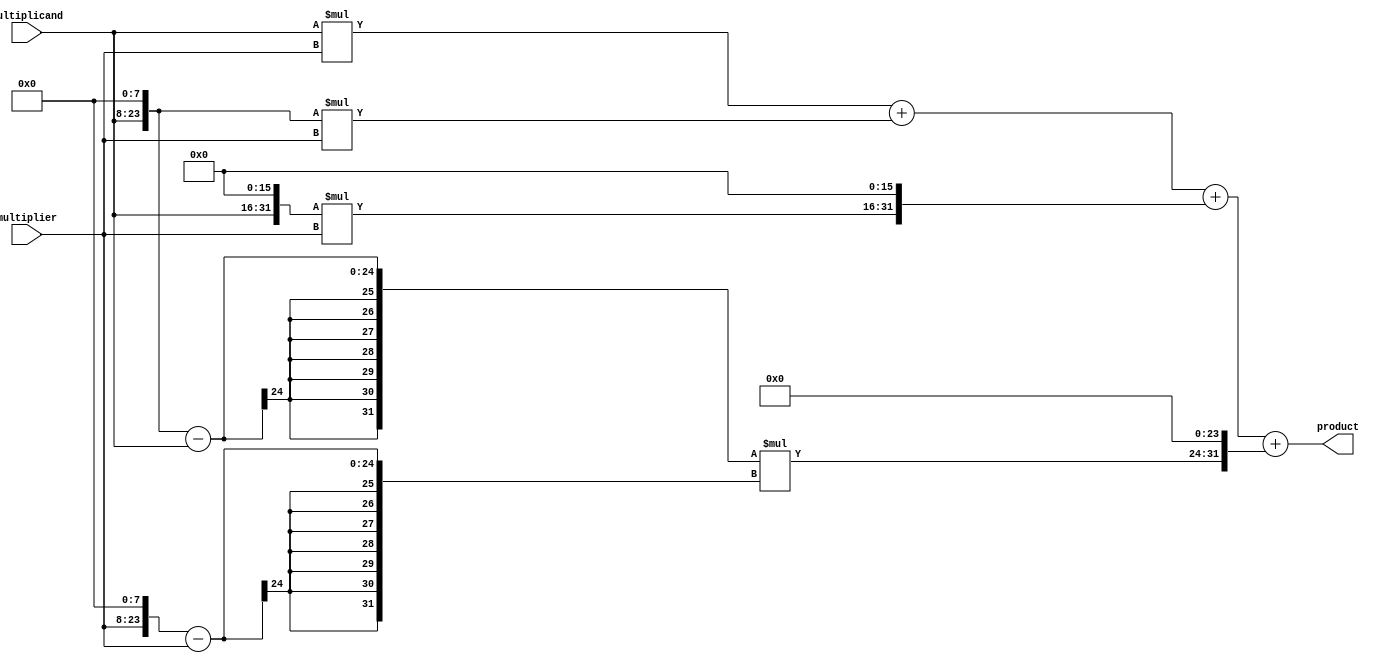
module baugh_wooley_multiplier (
    input [15:0] multiplicand,
    input [15:0] multiplier,
    output reg [31:0] product
);

reg [31:0] partial_product[3:0];

always @(*) begin
    partial_product[0] = multiplicand * multiplier; // Least significant bits
    partial_product[1] = (multiplicand << 8) * multiplier; // Middle bits
    partial_product[2] = (multiplicand << 16) * multiplier; // Most significant bits
    partial_product[3] = ((multiplicand << 8) - (multiplicand << 8 >> 8)) * ((multiplier << 8) - (multiplier << 8 >> 8)); // Cross-product
    product = partial_product[0] + partial_product[1] + (partial_product[2] << 16) + (partial_product[3] << 24);
end

endmodule